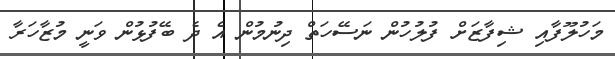
މަހުލޫފާއި ޝިފާޒަށް ފުލުހުން ނަސޭހަތް ދިނުމުން އެ ދެ ބޭފުޅުން ވަނީ މުޒާހަރާ